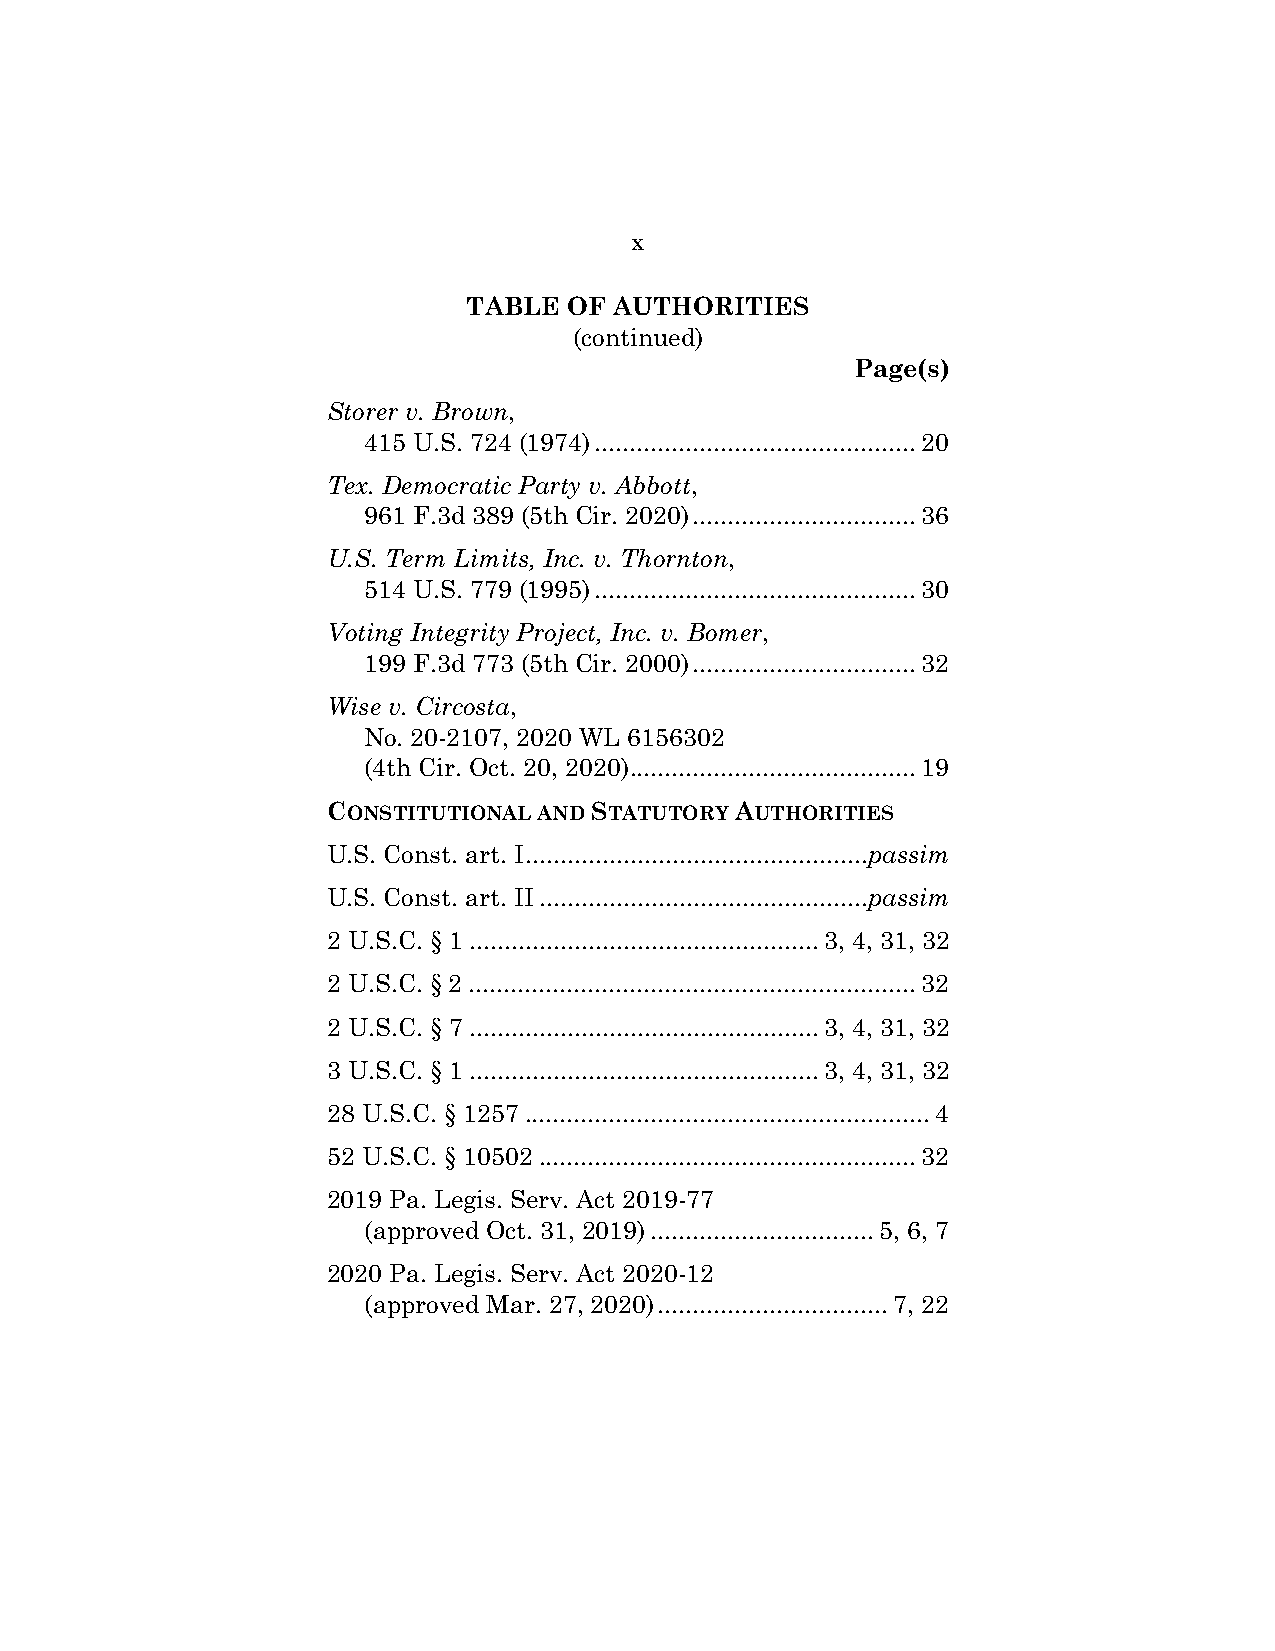
x
 TABLE  OF AUTHORITIES
 (continued)
 Page(s)
 Storer v. Brown,
 415 U.S. 724 (1974) .............................................. 20
 Tex. Democratic Party v. Abbott,
 961 F.3d 389 (5th Cir. 2020) ................................ 36
 U.S. Term Limits, Inc. v. Thornton,
 514 U.S. 779 (1995) .............................................. 30
 Voting Integrity Project, Inc. v. Bomer,
 199 F.3d 773 (5th Cir. 2000) ................................ 32
 Wise v. Circosta,
 No. 20-2107, 2020 WL 6156302
 (4th Cir. Oct. 20, 2020) ......................................... 19
 CONSTITUTIONAL AND STATUTORY AUTHORITIES
 U.S. Const. art. I .................................................passim
 U.S. Const. art. II ...............................................passim
 2 U.S.C. § 1 .................................................. 3, 4, 31, 32
 2 U.S.C. § 2 ................................................................ 32
 2 U.S.C. § 7 .................................................. 3, 4, 31, 32
 3 U.S.C. § 1 .................................................. 3, 4, 31, 32
 28 U.S.C. § 1257 .......................................................... 4
 52 U.S.C. § 10502 ...................................................... 32
 2019 Pa. Legis. Serv. Act 2019-77
 (approved Oct. 31, 2019) ................................ 5, 6, 7
 2020 Pa. Legis. Serv. Act 2020-12
 (approved Mar. 27, 2020) ................................. 7, 22